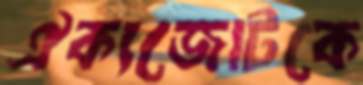
ঐক্যজোটকে